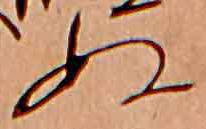
ぬ